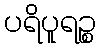
ပရိပူရဉ္စ